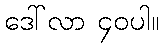
ဒေါ်လာ ၄၀ပါ။